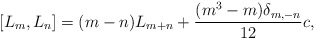
\begin{align*}[L_m,L_n]=(m-n) L_{m+n} + \frac{(m^3-m)\delta_{m,-n}}{12}c,\end{align*}